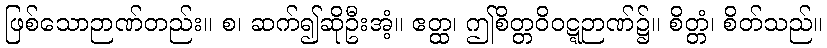
ဖြစ်သောဉာဏ်တည်း။ စ၊ ဆက်၍ဆိုဦးအံ့။ ဧတ္ထ၊ ဤစိတ္တဝိဝဋ္ဋဉာဏ်၌။ စိတ္တံ၊ စိတ်သည်။